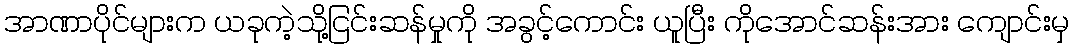
အာဏာပိုင်များက ယခုကဲ့သို့ငြင်းဆန်မှုကို အခွင့်ကောင်း ယူပြီး ကိုအောင်ဆန်းအား ကျောင်းမှ